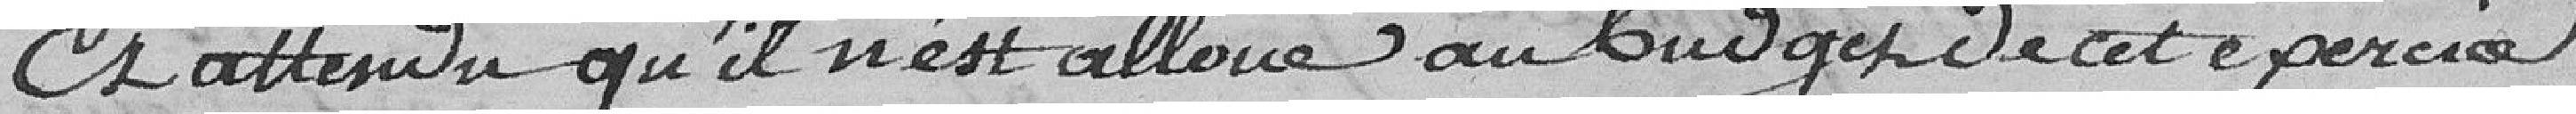
Est attendu qu'il n'est alloué au budget de cet exercice